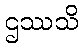
ဌဿသိ